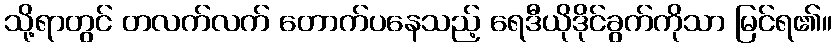
သို့ရာတွင် တလက်လက် တောက်ပနေသည့် ရေဒီယိုဒိုင်ခွက်ကိုသာ မြင်ရ၏။